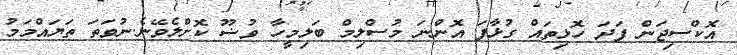
އޮކްސިޖަން ފަދަ ހޮޅިތައް ގުޅާފަ އޮންނަ މުސްލިމް ބަލިމީހާ ވުޟޫ ކޮށްލެވޭނެ.ނުވަތަ ތަޔައްމަމު